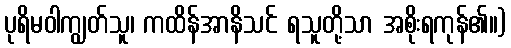
ပုရိမဝါကျွတ်သူ၊ ကထိန်အာနိသင် ရသူတို့သာ အစိုးရကုန်၏။)